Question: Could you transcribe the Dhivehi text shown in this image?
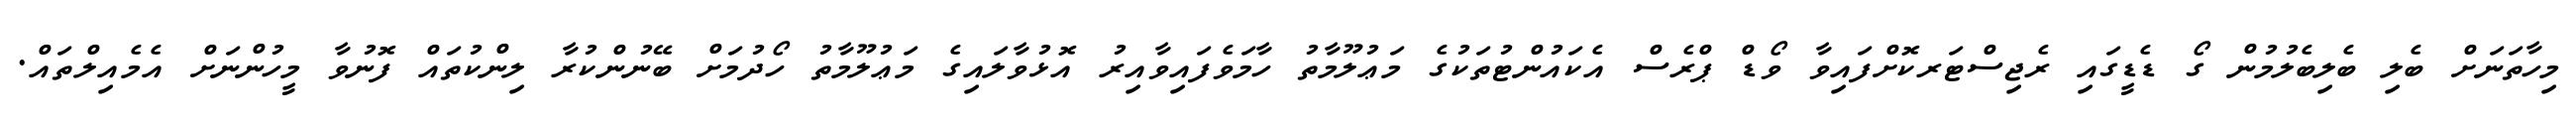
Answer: މިހާތަނަށް ބެލި ބެލިބެލުމުން ގޯ ޑެޑީގައި ރެޖިސްޓަރކޮށްފައިވާ ވޯޑް ޕްރެސް އެކައުންޓުތަކުގެ މަޢުލޫމާތު ހާމަވެފައިވާއިރު އޮޅުވާލައިގެ މަޢުލޫމާތު ހޯދުމަށް ބޭނުންކުރާ ލިންކުތައް ފޮނުވާ މީހުންނަށް އެމެއިލްތައް.